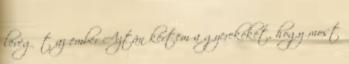
levegőt az ember Aztán kértem a gyerekeket, hogy most